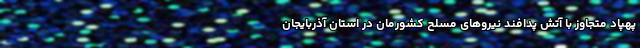
پهپاد متجاوز با آتش پدافند نیروهای مسلح کشورمان در استان آذربایجان